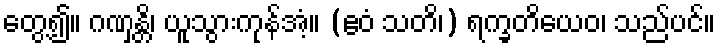
တွေ့၍။ ဂဏှန္တိ၊ ယူသွားကုန်အံ့။ (ဧဝံ သတိ၊) ရက္ခတိယေဝ၊ သည်ပင်။